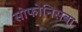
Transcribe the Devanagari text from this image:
सोफोनिसबा